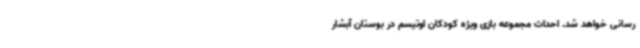
رسانی خواهد شد. احداث مجموعه بازی ویژه کودکان اوتیسم در بوستان آبشار